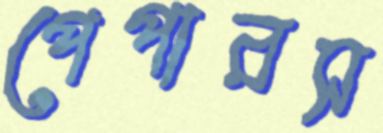
পেপারস